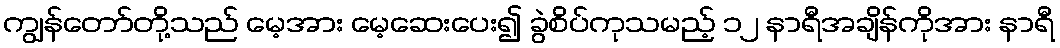
ကျွန်တော်တို့သည် မေ့အား မေ့ဆေးပေး၍ ခွဲစိပ်ကုသမည့် ၁၂ နာရီအချိန်ကိုအား နာရီ